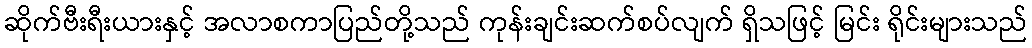
ဆိုက်ဗီးရီးယားနှင့် အလာစကာပြည်တို့သည် ကုန်းချင်းဆက်စပ်လျက် ရှိသဖြင့် မြင်း ရိုင်းများသည်